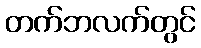
တက်ဘလက်တွင်